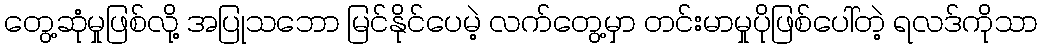
တွေ့ဆုံမှုဖြစ်လို့ အပြုသဘော မြင်နိုင်ပေမဲ့ လက်တွေ့မှာ တင်းမာမှုပိုဖြစ်ပေါ်တဲ့ ရလဒ်ကိုသာ